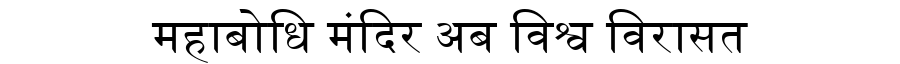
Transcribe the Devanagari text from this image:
महाबोधि मंदिर अब विश्व विरासत